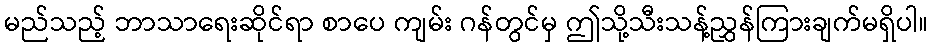
မည်သည့် ဘာသာရေးဆိုင်ရာ စာပေ ကျမ်း ဂန်တွင်မှ ဤသို့သီးသန့်ညွှန်ကြားချက်မရှိပါ။